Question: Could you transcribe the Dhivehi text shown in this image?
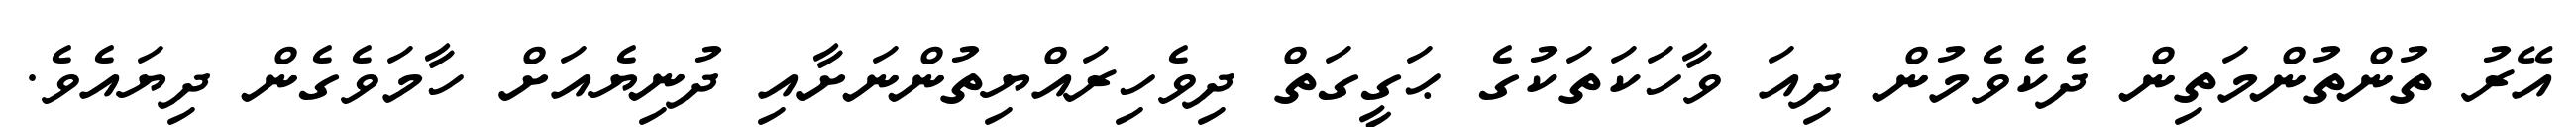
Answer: އޭރު ތުންތުންމަތިން ދެކެވެމުން ދިއަ ވާހަކަތަކުގެ ޙަގީގަތް ދިވެހިރައްޔިތުންނަށާއި ދުނިޔެއަށް ހާމަވެގެން ދިޔައެވެ.